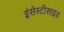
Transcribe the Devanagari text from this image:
इंसेस्टीसाइड